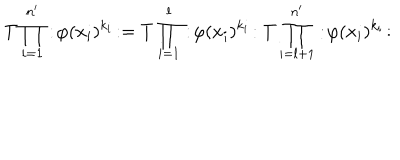
T \prod _ { i = 1 } ^ { n ^ { \prime } } : \! \varphi ( x _ { i } ) ^ { k _ { i } } \! : = T \prod _ { i = 1 } ^ { l } : \! \varphi ( x _ { i } ) ^ { k _ { i } } \! : T \prod _ { i = l + 1 } ^ { n ^ { \prime } } : \! \varphi ( x _ { i } ) ^ { k _ { i } } \! :